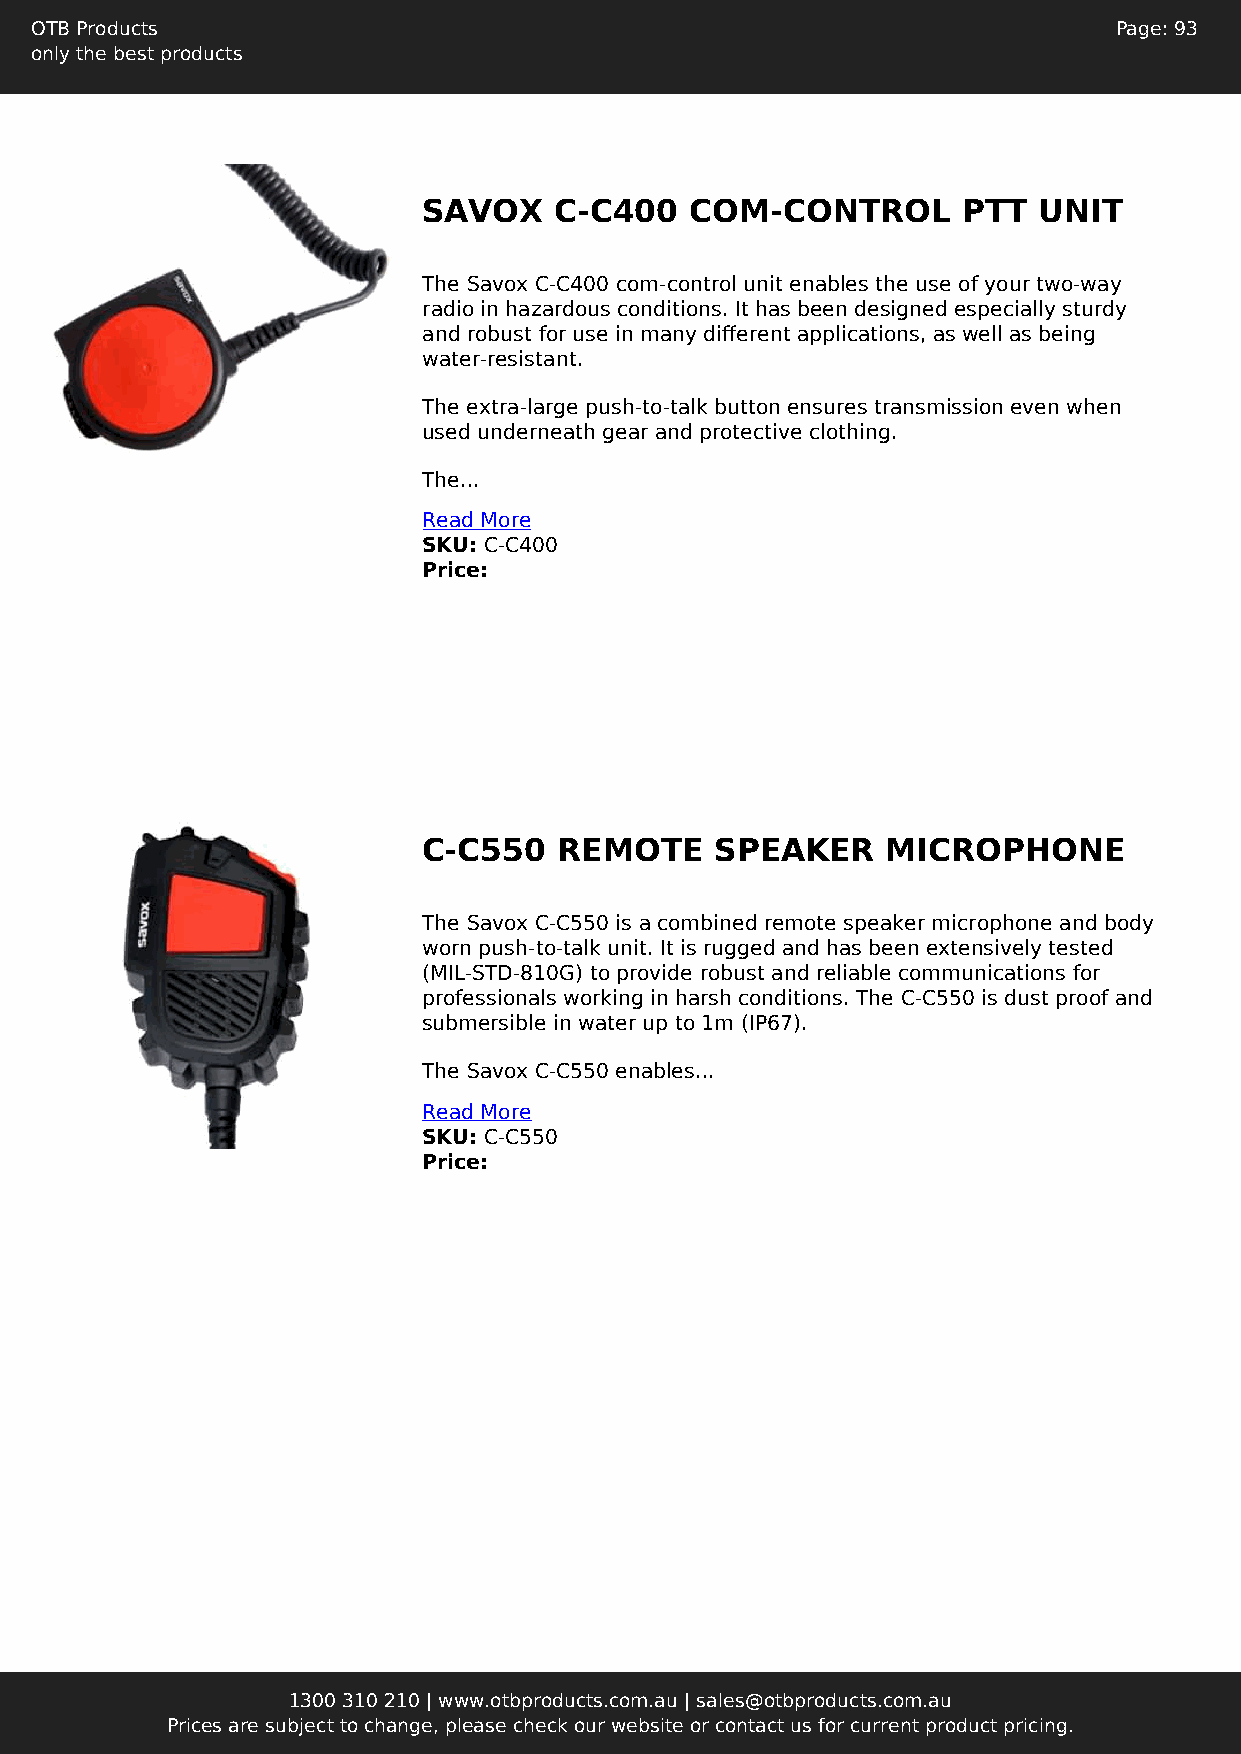
OTB Products                                                            Page: 93
 only the best products
 SAVOX    C-C400   COM-CONTROL       PTT  UNIT
 The Savox C-C400 com-control unit enables the use of your two-way
 radio in hazardous conditions. It has been designed especially sturdy
 and robust for use in many different applications, as well as being
 water-resistant.
 The extra-large push-to-talk button ensures transmission even when
 used underneath gear and protective clothing.
 The...
 Read More
 SKU: C-C400
 Price:
 C-C550   REMOTE    SPEAKER     MICROPHONE
 The Savox C-C550 is a combined remote speaker microphone and body
 worn push-to-talk unit. It is rugged and has been extensively tested
 (MIL-STD-810G) to provide robust and reliable communications for
 professionals working in harsh conditions. The C-C550 is dust proof and
 submersible in water up to 1m (IP67).
 The Savox C-C550 enables...
 Read More
 SKU: C-C550
 Price:
 1300 310 210 | www.otbproducts.com.au | sales@otbproducts.com.au
 Prices are subject to change, please check our website or contact us for current product pricing.